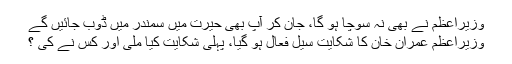
وزیراعظم نے بھی نہ سوچا ہو گا، جان کر آپ بھی حیرت میں سمندر میں ڈوب جائیں گے
وزیراعظم عمران خان کا شکایت سیل فعال ہو گیا، پہلی شکایت کیا ملی اور کس نے کی ؟